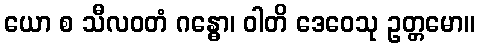
ယော စ သီလဝတံ ဂန္ဓော၊ ဝါတိ ဒေဝေသု ဥတ္တမော။